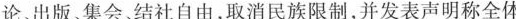
论、出版、集会结社自由，取消民族限制，并发表声明称全体